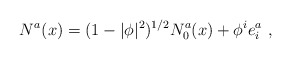
\begin{align*}N^a (x) = (1 - |\phi|^2)^{1/2} N_0^a (x) + \phi^i e^a_i\ ,\end{align*}